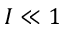
I \ll 1